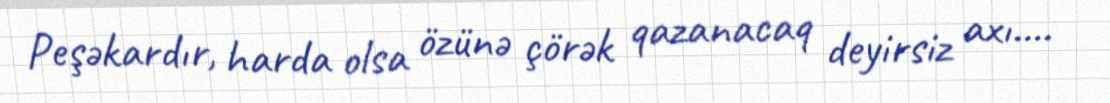
Peşəkardır, harda olsa özünə çörək qazanacaq deyirsiz axı....